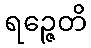
ရဉ္ဇေတိ